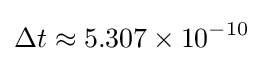
\Delta t\approx 5.307\times 10^{-10}